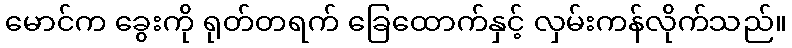
မောင်က ခွေးကို ရုတ်တရက် ခြေထောက်နှင့် လှမ်းကန်လိုက်သည်။